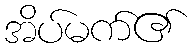
အိပ်မက်၏